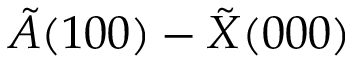
\tilde { A } ( 1 0 0 ) - \tilde { X } ( 0 0 0 )